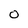
Character: O